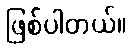
ဖြစ်ပါတယ်။